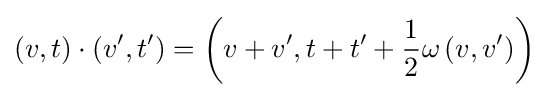
(v,t)\cdot \left(v',t'\right)=\left(v+v',t+t'+{\frac {1}{2}}\omega \left(v,v'\right)\right)